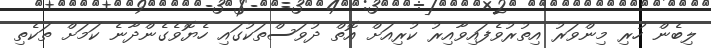
ލިބެން ހުރި މިންވަރު އިތުރުވެފައިވާއިރު ކުރިއަށް އޮތް ދުވަސްތަކުގައި ހެޔޮވެގެންދާނެ ކަމަށް ތަކެތި